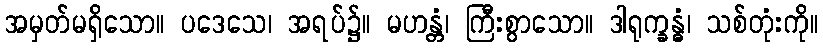
အမှတ်မရှိသော။ ပဒေသေ၊ အရပ်၌။ မဟန္တံ၊ ကြီးစွာသော။ ဒါရုက္ခန္ဓံ၊ သစ်တုံးကို။